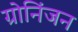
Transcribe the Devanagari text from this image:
ग्रोनिंजन